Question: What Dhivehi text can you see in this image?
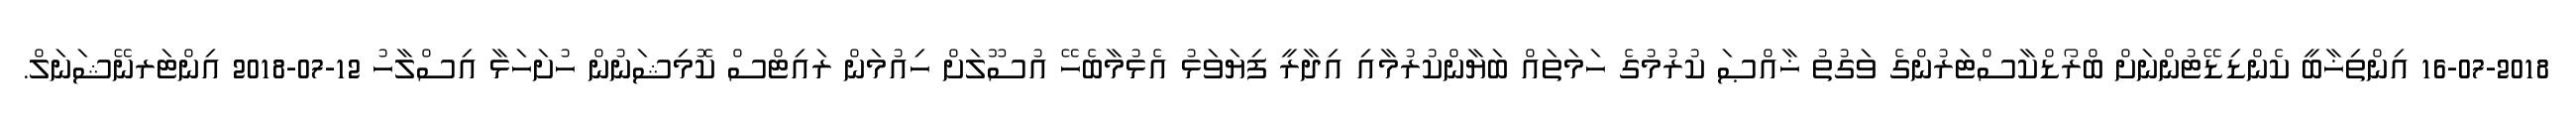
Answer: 16-07-2018 އިންތިޚާބީ ކެންޑިޑޭޓުންނަށް ބްރޯޑްކާސްޓަރުންގެ ވަގުތު ޚާއްޞަ ކުރުމުގެ ހަމަތައް ބަޔާންކުރުމާއި އިދާރީ ފިޔަވަޅު އެޅުމާބެހޭ އުސޫލަށް ހިއުމަން ރައިޓްސް ކޮމިޝަނުން ހުށަހަޅާ އިސްލާހު 12-07-2018 އިންޓަރނޭޝަނަލް.